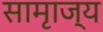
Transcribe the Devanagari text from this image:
सामृाज्य